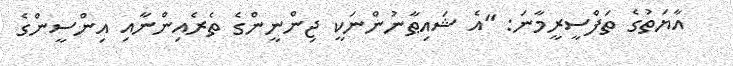
އާޔަތުގެ ތަފްސީރީމާނަ: ''އެ ޝައިޠާނުންނަކީ ޖިންނީންގެ ތެރެއިންނާއި އިންސީންގެ